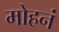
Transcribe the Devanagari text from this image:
मोहनं